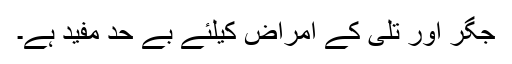
جگر اور تلی کے امراض کیلئے بے حد مفید ہے۔